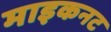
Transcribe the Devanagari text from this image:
माइकनट